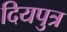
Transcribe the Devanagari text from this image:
दियपुत्र